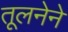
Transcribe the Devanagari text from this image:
तूलनेने